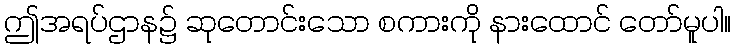
ဤအရပ်ဌာန၌ ဆုတောင်းသော စကားကို နားထောင် တော်မူပါ။